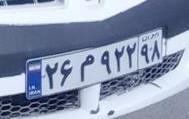
۲۶م۹۲۲۹۸